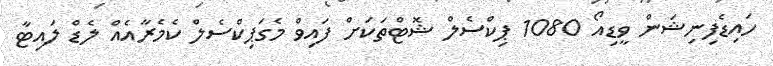
ހައިޑެފިނިޝަން ވީޑިއޯ 1080 ޕިކްސެލް ޝޮޓްތަކަށް ފައިވް މެގަޕިކްސެލް ކެމެރާއެއް ލެޑް ލައިޓާ